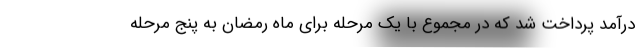
درآمد پرداخت شد که در مجموع با یک مرحله برای ماه رمضان به پنج مرحله